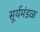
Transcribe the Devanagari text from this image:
सूर्यमंडळ